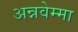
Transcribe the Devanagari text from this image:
अन्नवेम्मा